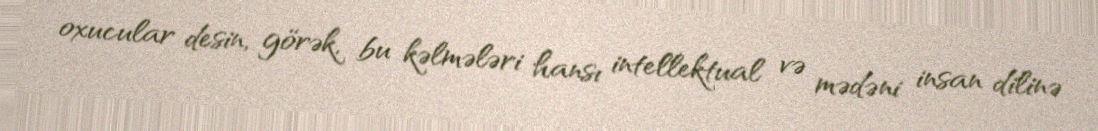
oxucular desin, görək, bu kəlmələri hansı intellektual və mədəni insan dilinə